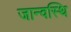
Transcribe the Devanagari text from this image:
जान्वस्थि